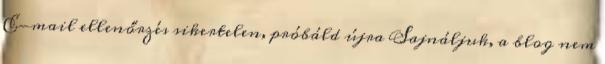
E-mail ellenőrzés sikertelen, próbáld újra Sajnáljuk, a blog nem